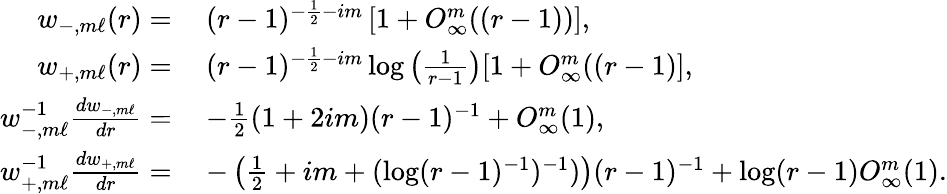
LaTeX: \begin{array}{rl}{w_{-,m\ell}(r)=}&{\: (r-1)^{-\frac{1}{2}-im}\left[1+O_{\infty}^{m}((r-1))\right],}\\ {w_{+,m\ell}(r)=}&{\: (r-1)^{-\frac{1}{2}-im}\log\left(\frac{1}{r-1}\right)[1+O_{\infty}^{m}((r-1)],}\\ {w_{-,m\ell}^{-1}\frac{dw_{-,m\ell}}{dr}=}&{\: -\frac{1}{2}(1+2im)(r-1)^{-1}+O_{\infty}^{m}(1),}\\ {w_{+,m\ell}^{-1}\frac{dw_{+,m\ell}}{dr}=}&{\: -\left(\frac{1}{2}+im+(\log(r-1)^{-1})^{-1})\right)(r-1)^{-1}+\log(r-1)O_{\infty}^{m}(1).}\end{array}